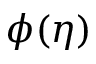
\phi ( \eta )